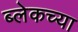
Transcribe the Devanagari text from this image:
ब्लेकच्या